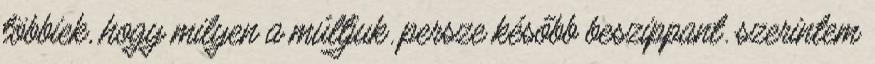
többiek, hogy milyen a múltjuk. persze később beszippant. szerintem